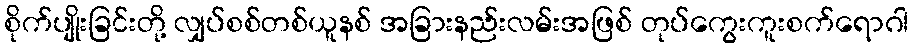
စိုက်ပျိုးခြင်းတို့ လျှပ်စစ်တစ်ယူနစ် အခြားနည်းလမ်းအဖြစ် တုပ်ကွေးကူးစက်ရောဂါ